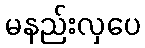
မနည်းလှပေ